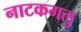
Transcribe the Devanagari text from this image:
नाटकगलु